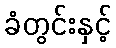
ခံတွင်းနှင့်